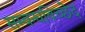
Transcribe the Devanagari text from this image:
सम्बन्धविच्छेद